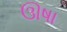
ઊષા